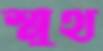
স্মুথ